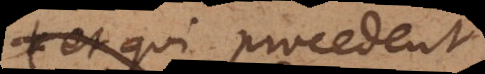
et qui procedent